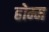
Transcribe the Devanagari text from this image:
होम्म